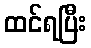
ထင်ရပြီး